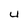
Character: 4